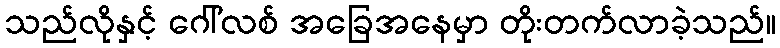
သည်လိုနှင့် ဂေါ်လစ် အခြေအနေမှာ တိုးတက်လာခဲ့သည်။